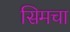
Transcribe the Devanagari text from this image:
सिमचा